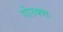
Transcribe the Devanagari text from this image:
गोरक्शः